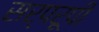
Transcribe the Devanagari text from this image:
सर्परूपी